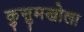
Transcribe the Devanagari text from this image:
कुसुमखोला